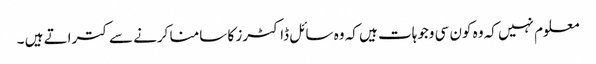
معلوم نہیں کہ وہ کون سی وجوہات ہیں کہ وہ سائل ڈاکٹرز کا سامنا کرنے سے کتراتے ہیں ۔